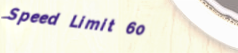
Speed Limit 60